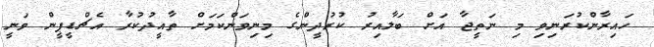
ހައިރާންކުރަނިވި މި ނަތީޖާ އަށް ބަލާއިރު ކުރުދީންގެ މިނިވަންކަމަށް ތާއީދުކުރާ އެޗްޑީޕީން ވަނީ